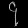
Digit: ၄